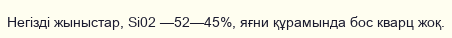
Негізді жыныстар, Si02 —52—45%, яғни құрамында бос кварц жоқ.